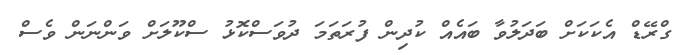
ގްރޭޑް އެކަކަށް ބަދަލުވާ ބައެއް ކުދިން ފުރަތަމަ ދުވަސްކޮޅު ސްކޫލަށް ވަންނަން ވެސް